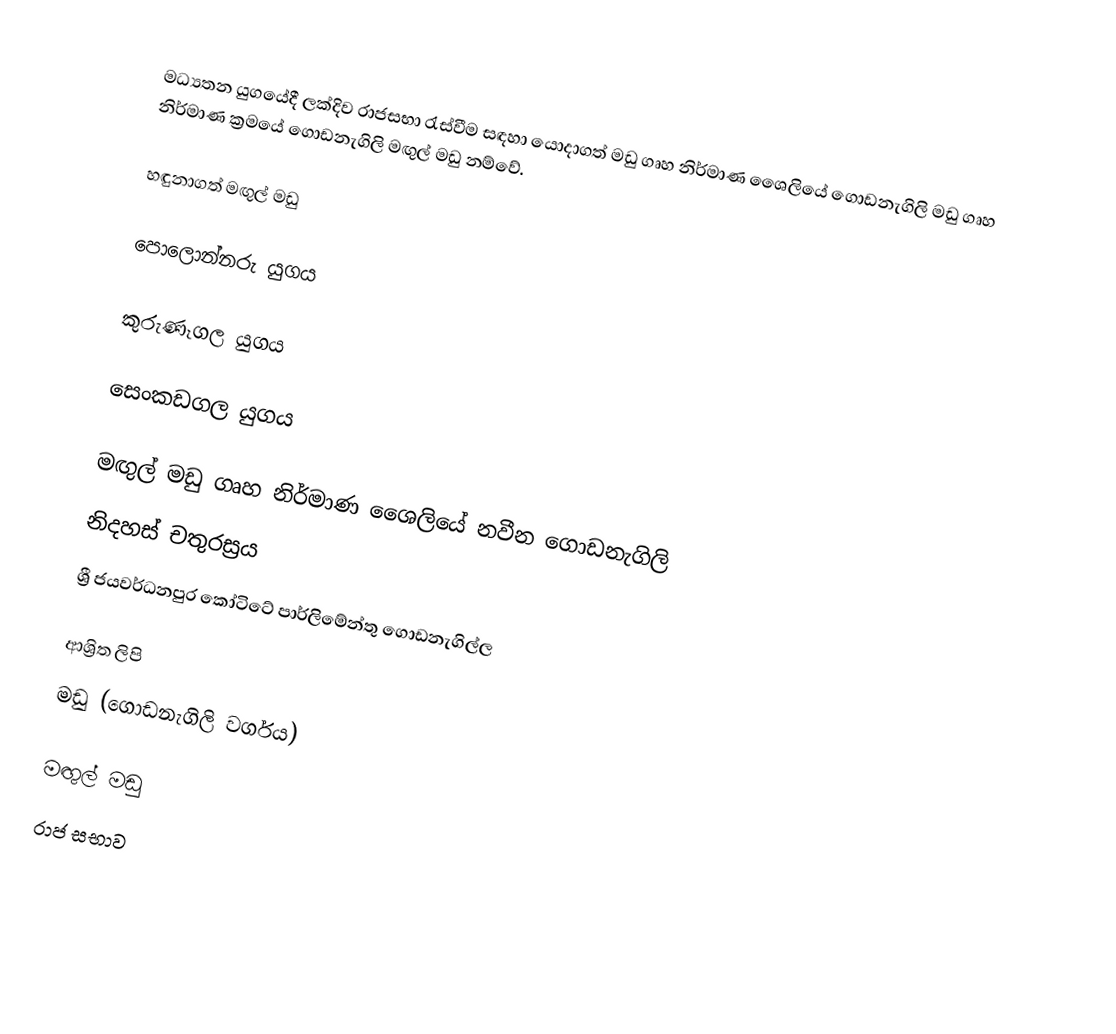
මධ්‍යතන යුගයේදී ලක්දිව රාජසභා රැස්වීම සඳහා යොදාගත් මඩු ගෘහ නිර්මාණ  ශෛලියේ ගොඩනැගිලි මඩු ගෘහ නිර්මාණ  ක්‍රමයේ ගොඩනැගිලි මඟුල් මඩු නම්වේ.

හඳුනාගත් මඟුල් මඩු

පොලොන්නරු යුගය

කුරුණෑගල යුගය

සෙංකඩගල යුගය

මඟුල් මඩු ගෘහ නිර්මාණ ශෛලියේ නවීන ගොඩනැගිලි
 නිදහස් චතුරස්‍රය
 ශ්‍රී ජයවර්ධනපුර කෝටිටේ පාර්ලිමේන්තු ගොඩනැගිල්ල

ආශ්‍රිත ලිපි
 මඩු (ගොඩනැගිලි වර්ගය)

මඟුල් මඩු
රාජ සභාව